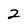
Character: 2